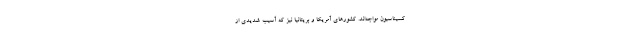
کسیناسیون مواجه‌اند. کشورهای آمریکا و بریتانیا نیز که آسیب شدیدی از